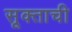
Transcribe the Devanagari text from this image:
सूक्ताची